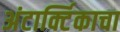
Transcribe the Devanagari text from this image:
अंटार्क्टिकाचा